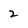
Character: 2